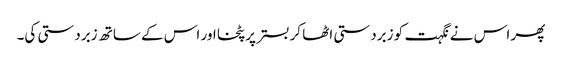
پھر اس نے نگہت کو زبردستی اٹھا کر بستر پر پٹخا اور اس کے ساتھ زبردستی کی۔